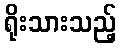
ရိုးသားသည့်